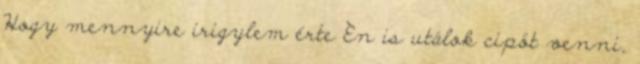
Hogy mennyire irigylem érte Èn is utálok cipöt venni,